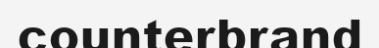
counterbrand